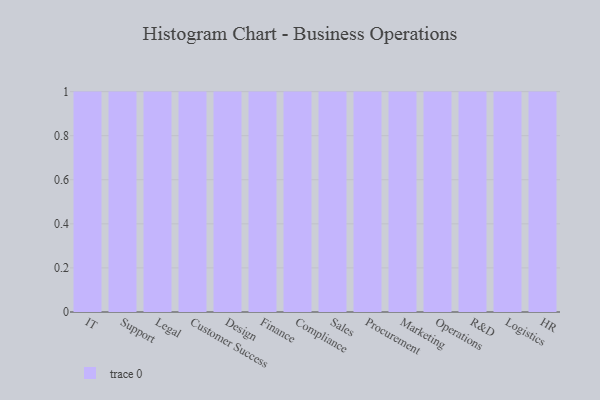
{"axis": {"x": "Department", "y": "Energy Usage (MWh)"}, "legend": [""], "data": [{"x": "IT", "y": 22, "type": ""}, {"x": "Support", "y": 10, "type": ""}, {"x": "Legal", "y": 20, "type": ""}, {"x": "Customer Success", "y": 69, "type": ""}, {"x": "Design", "y": 59, "type": ""}, {"x": "Finance", "y": 49, "type": ""}, {"x": "Compliance", "y": 85, "type": ""}, {"x": "Sales", "y": 85, "type": ""}, {"x": "Procurement", "y": 52, "type": ""}, {"x": "Marketing", "y": 17, "type": ""}, {"x": "Operations", "y": 84, "type": ""}, {"x": "R&D", "y": 64, "type": ""}, {"x": "Logistics", "y": 27, "type": ""}, {"x": "HR", "y": 11, "type": ""}]}